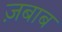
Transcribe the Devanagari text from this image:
ज़बाब